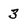
Character: 3